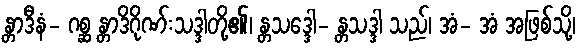
န္တာဒီနံ- ဂစ္ဆ န္တာဒိဂိုဏ်းသဒ္ဒါတို့၏၊ န္တသဒ္ဒေါ- န္တသဒ္ဒါ သည်၊ အံ- အံ အဖြစ်သို့၊